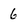
Character: 6